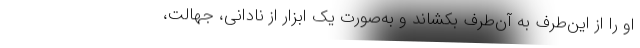
او را از این‌طرف به آن‌طرف بکشاند و به‌صورت یک ابزار از نادانی، جهالت،